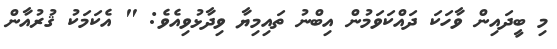
މި ބީދައިން ވާހަކަ ދައްކަވަމުން އިބްނު ތައިމިޔާ ވިދާޅުވިއެވެ: " އެކަމަކު ޤުރުއާން